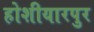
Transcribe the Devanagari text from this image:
होशीयारपुर